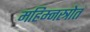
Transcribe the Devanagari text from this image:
महिम्नस्त्रोत